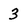
Character: 3